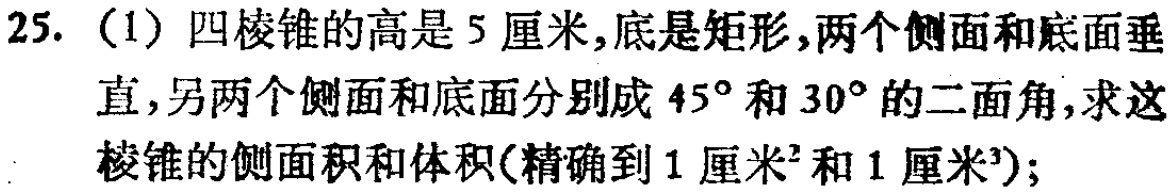
25. (1) 四棱锥的高是5厘米,底是矩形,两个侧面和底面垂直,另两个侧面和底面分别成\(45^{\circ}\)和\(30^{\circ}\)的二面角,求这棱锥的侧面积和体积(精确到1厘米\(^{2}\)和1厘米\(^{3}\));